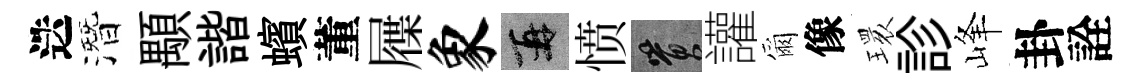
迭潛顒諧蠙董屧象再愤篔讙爾像𤨔診峰卦詮